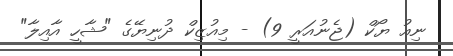
ނިއު ޔޯކް (ޖެނުއަރީ 9) - މިއުޒިކް ދުނިޔޭގެ "ޝާހީ އާއިލާ"